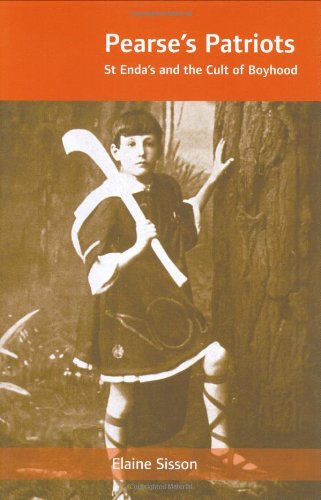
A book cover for Pearse's Patriots: St. Enda's and the Cult of Boyhood; Elaine Sisson; Test Preparation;